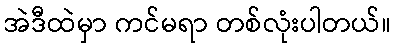
အဲဒီထဲမှာ ကင်မရာ တစ်လုံးပါတယ်။